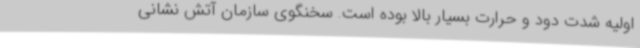
اولیه شدت دود و حرارت بسیار بالا بوده است. سخنگوی سازمان آتش نشانی